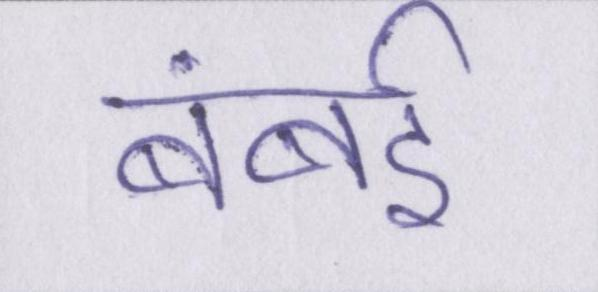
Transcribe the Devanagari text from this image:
बंबई